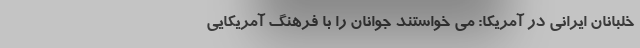
خلبانان ایرانی در آمریکا: می خواستند جوانان را با فرهنگ آمریکایی